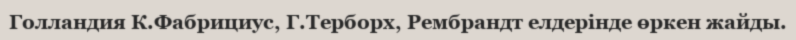
Голландия К.Фабрициус, Г.Терборх, Рембрандт елдерінде өркен жайды.